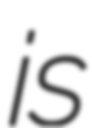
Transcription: is